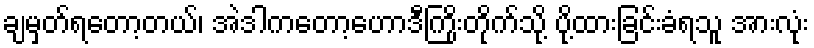
ချမှတ်ရတော့တယ်၊ အဲဒါကတော့ဟောဒီကြိုးတိုက်သို့ ပို့ထားခြင်းခံရသူ အားလုံး